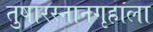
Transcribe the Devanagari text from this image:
तुषारस्नानगृहाला